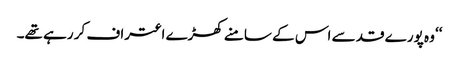
‘‘ وہ پورے قد سے اس کے سامنے کھڑے اعتراف کر رہے تھے۔